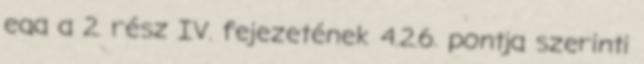
eaa a 2. rész IV. fejezetének 4.2.6. pontja szerinti